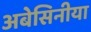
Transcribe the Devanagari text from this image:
अबेसिनीया